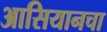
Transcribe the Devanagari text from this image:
आसियानचा